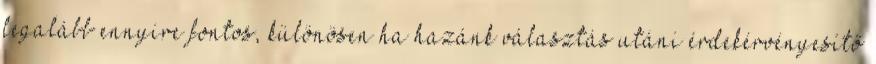
legalább ennyire fontos, különösen ha hazánk választás utáni érdekérvényesítő